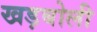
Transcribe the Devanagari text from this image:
खड़बोली